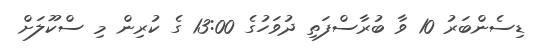
ޑިސެންބަރު 10 ވާ ބުރާސްފަތި ދުވަހުގެ 13:00 ގެ ކުރިން މި ސްކޫލަށް